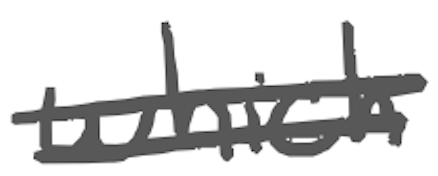
Text: which
Cross-out: double-line
Writing tool: digital_gray